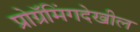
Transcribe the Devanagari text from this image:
प्रोग्रॅमिंगदेखील